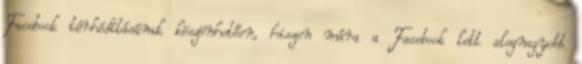
Facebook térhódításának köszönhetően, hiszen mára a Facebook lett alegnagyobb